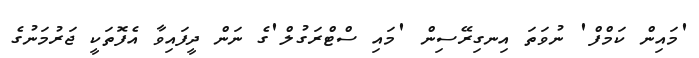
'މައިން ކަމްފް' ނުވަތަ އިނގިރޭސިން 'މައި ސްޓްރަގުލް'ގެ ނަން ދީފައިވާ އެފޮތަކީ ޖަރުމަނުގެ